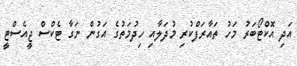
އަދި އޮކްޓޯބަރު މަހު ތައާރަފްކުރި މުދަލާއި ހިދުމަތުގެ އަގުން ނަގާ ޓެކްސް ޖީއެސްޓީ